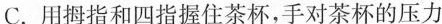
C. 用拇指和四指握住茶杯，手对茶杯的压力